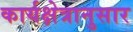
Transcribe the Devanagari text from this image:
कार्यक्षेत्रानुसार